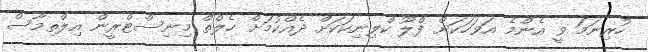
ހުރިނަމަ ވީ އެންމެ އަވަހަކަށް ފްލޫ ކްލިނިކަކަށް ދެއްކުމަށް ހެލްތް މިނިސްޓްރީން އިލްތިމާސް